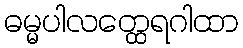
ဓမ္မပါလတ္ထေရဂါထာ